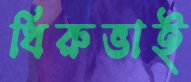
ধিরুভাই